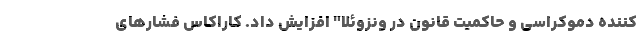
کننده دموکراسی و حاکمیت قانون در ونزوئلا" افزایش داد. کاراکاس فشار‌های